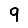
Digit: 9